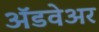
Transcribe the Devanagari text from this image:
अॅडवेअर